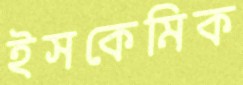
ইসকেমিক